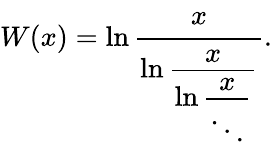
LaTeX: W(x)=\ln{\cfrac{x}{\ln{\cfrac{x}{\ln{\cfrac{x}{\ddots}}}}}}.